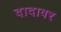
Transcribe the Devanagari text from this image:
दादावर